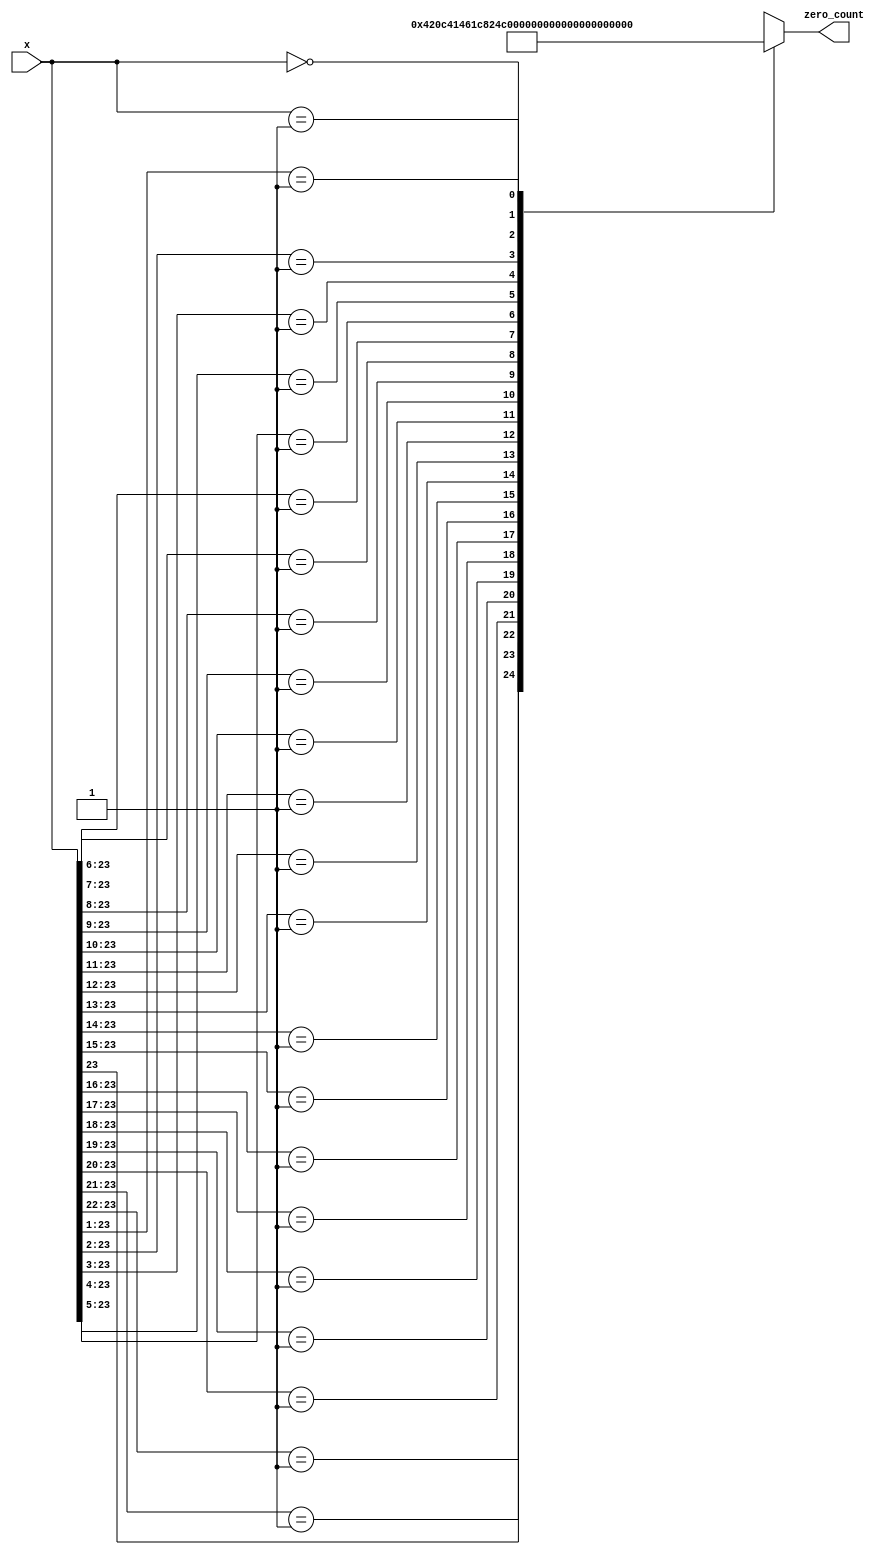
`timescale 1ns / 1ps
//////////////////////////////////////////////////////////////////////////////////
// Company: 
// Engineer: 
// 
// Design Name: 
// Module Name: leading_zeros
// Project Name: 
// Target Devices: 
// Tool Versions: 
// Description: 
// 
// Dependencies: 
// 
// Revision:
// Revision 0.01 - File Created
// Additional Comments:
// 
//////////////////////////////////////////////////////////////////////////////////
module leading_zeros(x,zero_count);
    input [23:0] x;
    output reg [5:0] zero_count;
    
    always @(*)
    begin
        casex(x)
            24'b1XXXXXXXXXXXXXXXXXXXXXXX: zero_count = 0;
            24'b01XXXXXXXXXXXXXXXXXXXXXX: zero_count = 1;
            24'b001XXXXXXXXXXXXXXXXXXXXX: zero_count = 2;
            24'b0001XXXXXXXXXXXXXXXXXXXX: zero_count = 3;
            24'b00001XXXXXXXXXXXXXXXXXXX: zero_count = 4;
            24'b000001XXXXXXXXXXXXXXXXXX: zero_count = 5;
            24'b0000001XXXXXXXXXXXXXXXXX: zero_count = 6;
            24'b00000001XXXXXXXXXXXXXXXX: zero_count = 7;
            24'b000000001XXXXXXXXXXXXXXX: zero_count = 8;
            24'b0000000001XXXXXXXXXXXXXX: zero_count = 9;
            24'b00000000001XXXXXXXXXXXXX: zero_count = 10;
            24'b000000000001XXXXXXXXXXXX: zero_count = 11;
            24'b0000000000001XXXXXXXXXXX: zero_count = 12;
            24'b00000000000001XXXXXXXXXX: zero_count = 13;
            24'b000000000000001XXXXXXXXX: zero_count = 14;
            24'b0000000000000001XXXXXXXX: zero_count = 15;
            24'b00000000000000001XXXXXXX: zero_count = 16;
            24'b000000000000000001XXXXXX: zero_count = 17;
            24'b0000000000000000001XXXXX: zero_count = 18;
            24'b00000000000000000001XXXX: zero_count = 19;
            24'b000000000000000000001XXX: zero_count = 20;
            24'b0000000000000000000001XX: zero_count = 21;
            24'b00000000000000000000001X: zero_count = 22;
            24'b000000000000000000000001: zero_count = 23;
            24'b000000000000000000000000: zero_count = 24;
            
        endcase
        
    end
endmodule